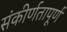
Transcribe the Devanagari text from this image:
संकीर्णतापूर्ण